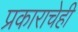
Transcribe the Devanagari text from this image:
प्रकाराचेही